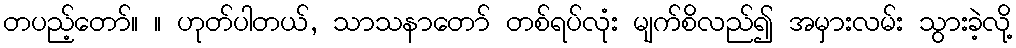
တပည့်တော်။ ။ ဟုတ်ပါတယ်, သာသနာတော် တစ်ရပ်လုံး မျက်စိလည်၍ အမှားလမ်း သွားခဲ့လို့